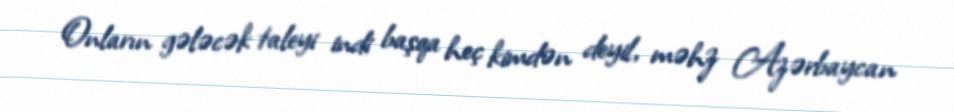
Onların gələcək taleyi indi başqa heç kimdən deyil, məhz Azərbaycan